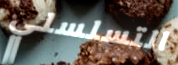
التسلسلي